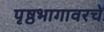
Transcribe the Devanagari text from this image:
पृष्ठभागावरचे